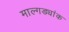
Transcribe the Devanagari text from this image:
माल्गड्यांक